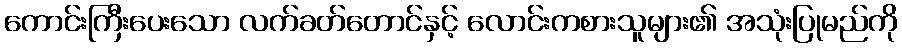
ကောင်းကြီးပေးသော လက်ခတ်တောင်နှင့် လောင်းကစားသူများ၏ အသုံးပြုမည်ကို